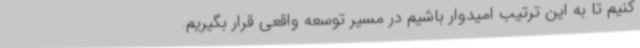
کنیم تا به این ترتیب امیدوار باشیم در مسیر توسعه واقعی قرار بگیریم.